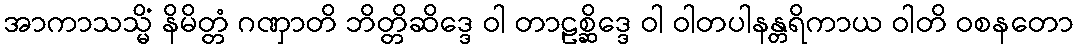
အာကာသသ္မိံ နိမိတ္တံ ဂဏှာတိ ဘိတ္တိဆိဒ္ဒေ ဝါ တာဠစ္ဆိဒ္ဒေ ဝါ ဝါတပါနန္တရိကာယ ဝါတိ ဝစနတော